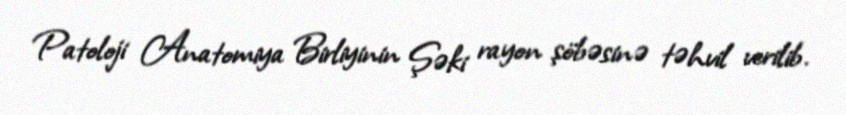
Patoloji Anatomiya Birliyinin Şəki rayon şöbəsinə təhvil verilib.